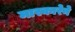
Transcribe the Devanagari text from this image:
मास्कारेने